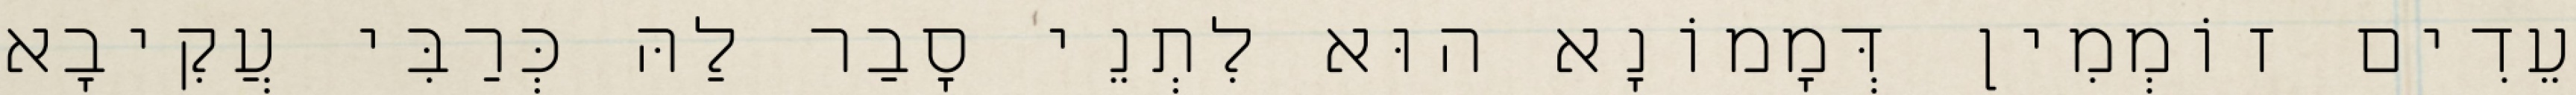
עֵדִים זוֹמְמִין דְּמָמוֹנָא הוּא לִתְנֵי סָבַר לַהּ כְּרַבִּי עֲקִיבָא